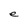
Character: e